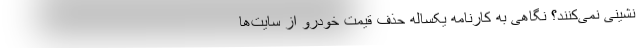
نشینی نمی‌کنند؟ نگاهی به کارنامه یکساله حذف قیمت‌ خودرو از سایت‌ها